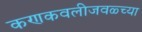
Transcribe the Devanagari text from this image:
कणकवलीजवळ्च्या